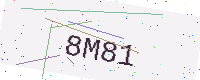
Text: 8M81